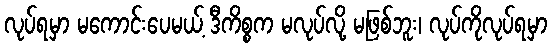
လုပ်ရမှာ မကောင်းပေမယ့် ဒီကိစ္စက မလုပ်လို့ မဖြစ်ဘူး၊ လုပ်ကိုလုပ်ရမှာ